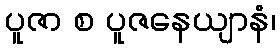
ပူဇာ စ ပူဇနေယျာနံ၊